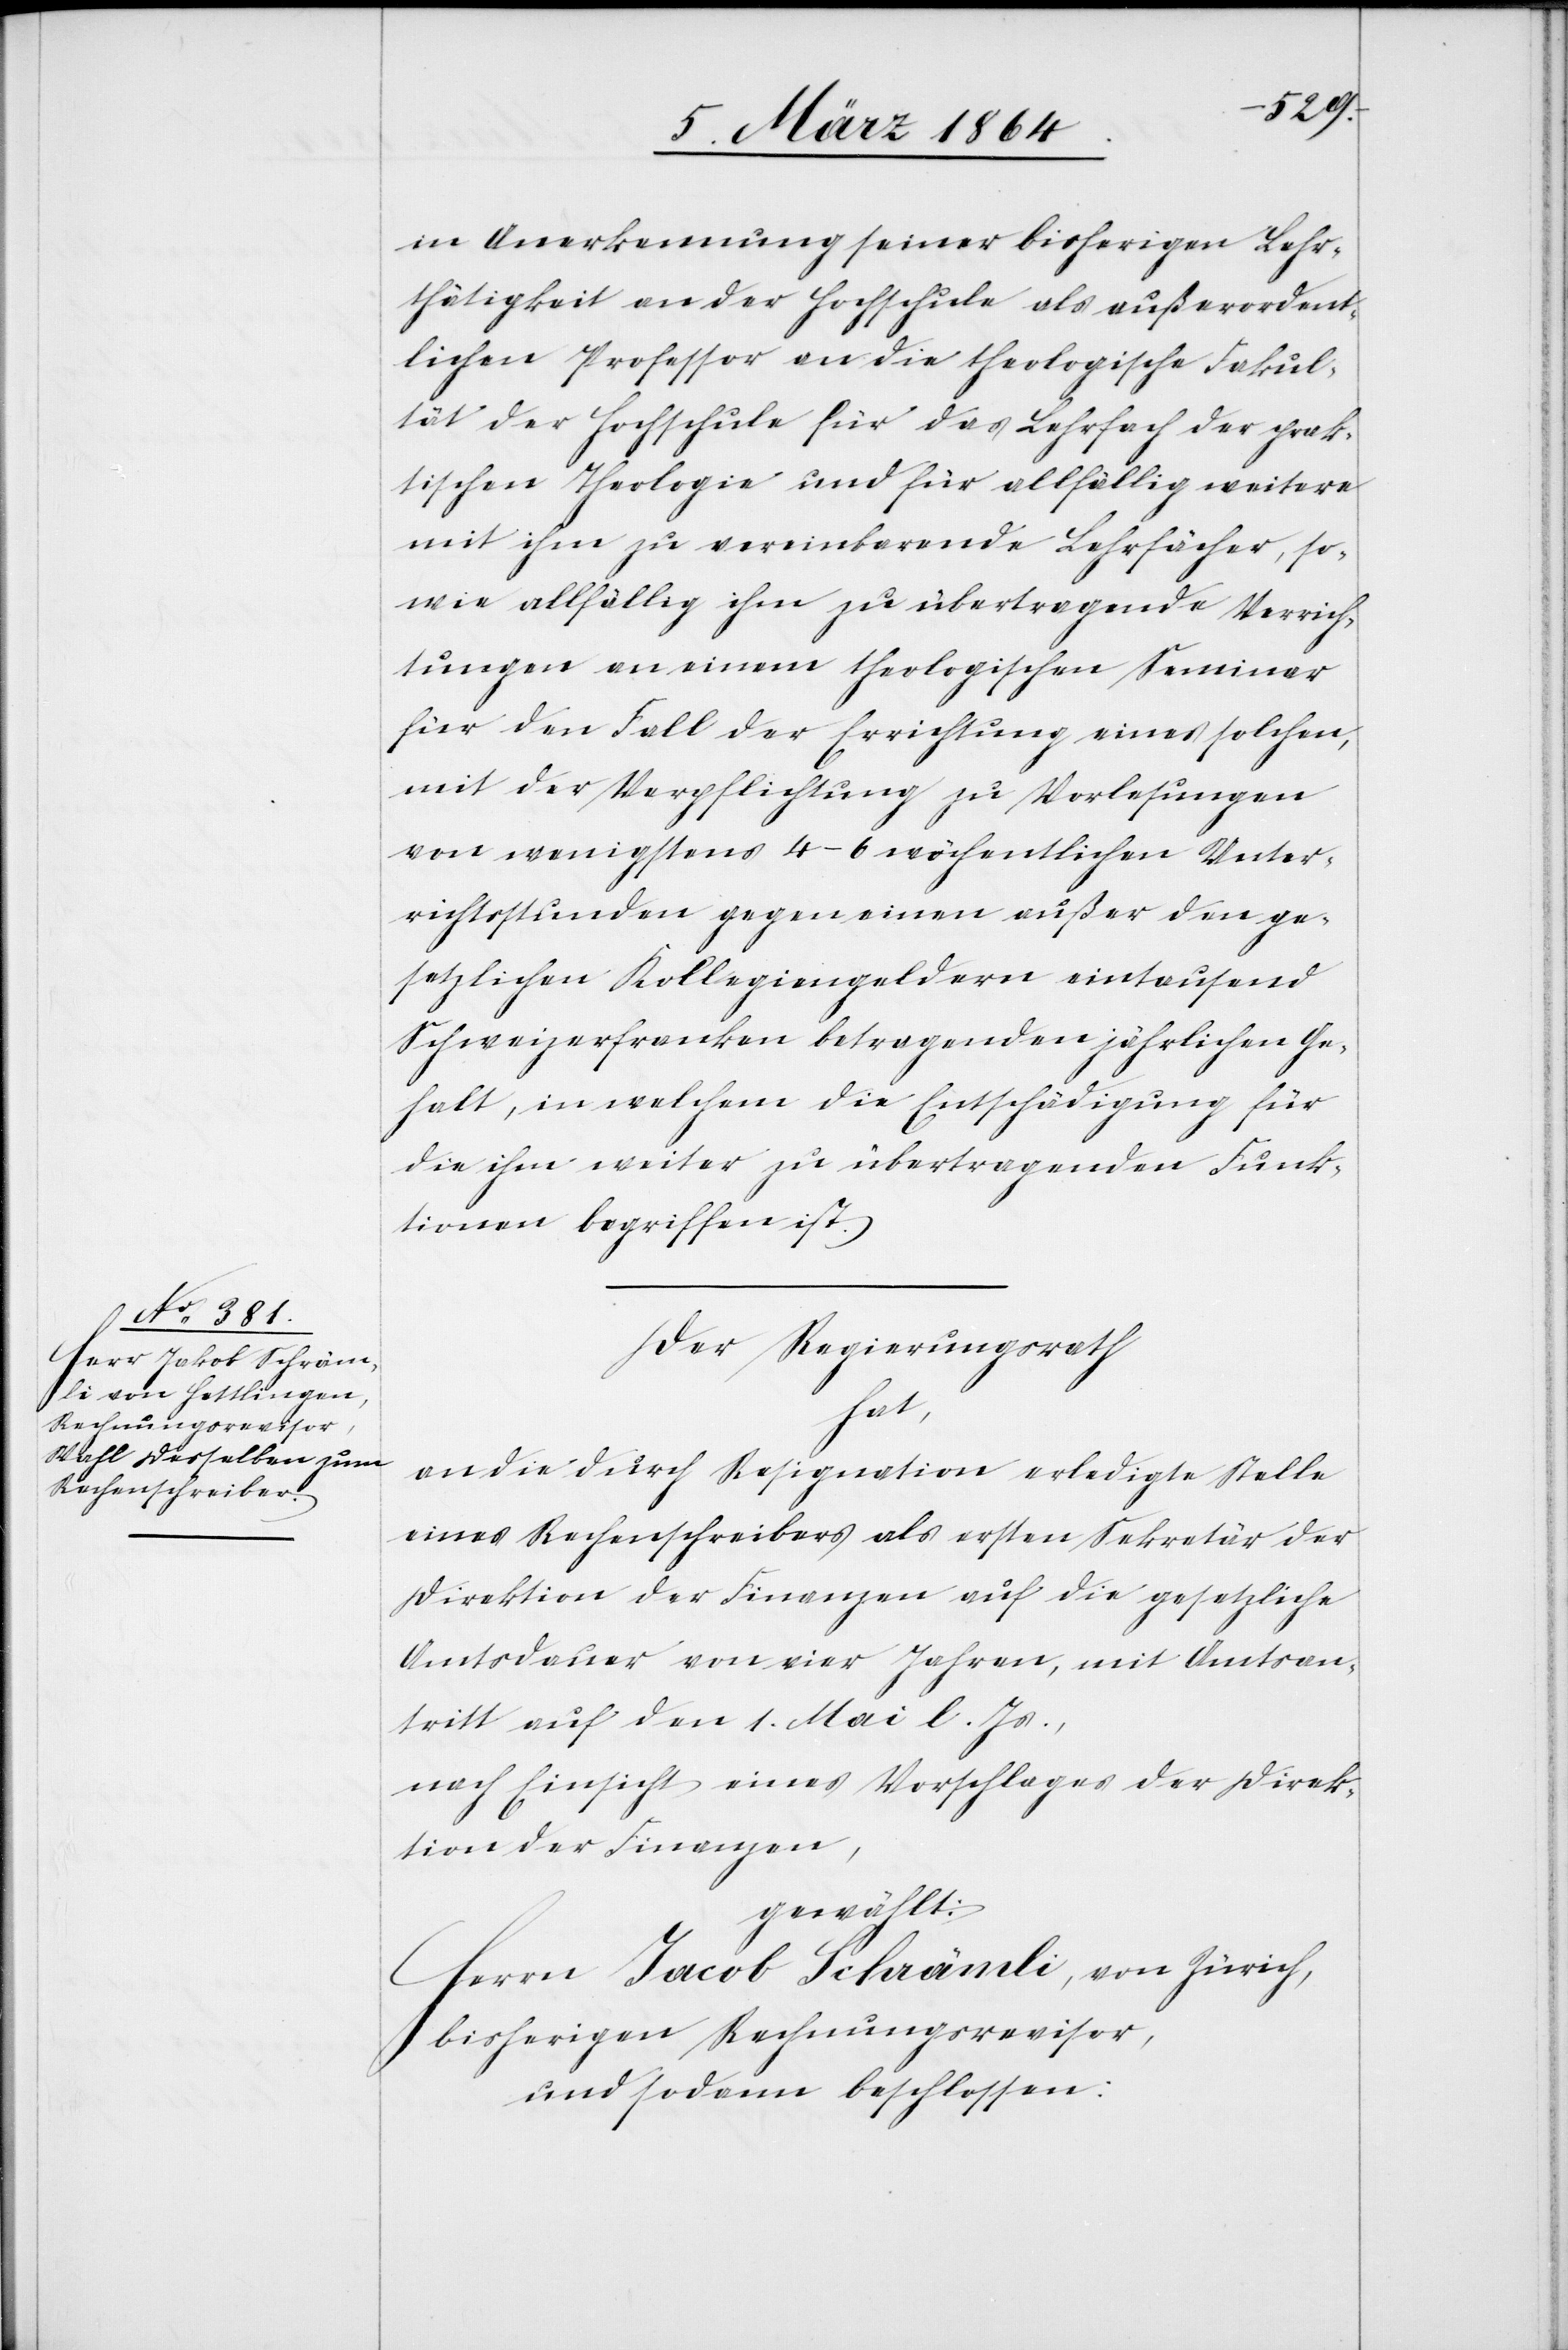
in Anerkennung seiner bisherigen Lehr¬
thätigkeit an der Hochschule als außerordent¬
lichen Professor an die theologische Fakul¬
tät der Hochschule für das Lehrfach der prak¬
tischen Theologie und für allfällig weitere
mit ihm zu vereinbarende Lehrfächer, so¬
wie allfällig ihm zu übertragende Verrich¬
tungen an einem theologischen Seminar
für den Fall der Errichtung eines solchen
mit der Verpflichtung zu Vorlesungen
von wenigstens 4-6 wöchentlichen Unter¬
richtsstunden gegen einen außer den ge¬
setzlichen Kollegiengeldern eintausend
Schweizerfranken betragenden jährlichen Ge¬
halt, in welchem die Entschädigung für
die ihm weiter zu übertragenden Funk¬
tionen begriffen ist.
Der Regierungsrath
hat,
an die durch Resignation erledigte Stelle
eines Rechenschreibers als ersten Sekretär der
Direktion der Finanzen auf die gesetzliche
Amtsdauer von vier Jahren, mit Amtsan¬
tritt auf den 1. Mai l. Js.,
nach Einsicht eines Vorschlages der Direk¬
tion der Finanzen,
gewählt:
Herrn Jacob Schrämli, von Zürich,
bisherigen Rechnungsrevisor,
und sodann beschlossen: